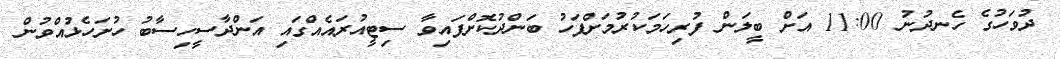
ދުވަހުގެ ހެނދުނު 11:00 އަށް ބީލަން ފުރިހަމަކުރުމަށްފަހު ބަންދުކޮށްފައިވާ ސިޓީއުރައެއްގައި އަންދާސީހިސާބު ހުށަހެޅުއްވުން